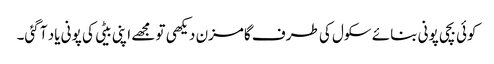
کوئی بچی پونی بنائے سکول کی طرف گامزن دیکھی تو مجھے اپنی بیٹی کی پونی یاد آ گئی۔